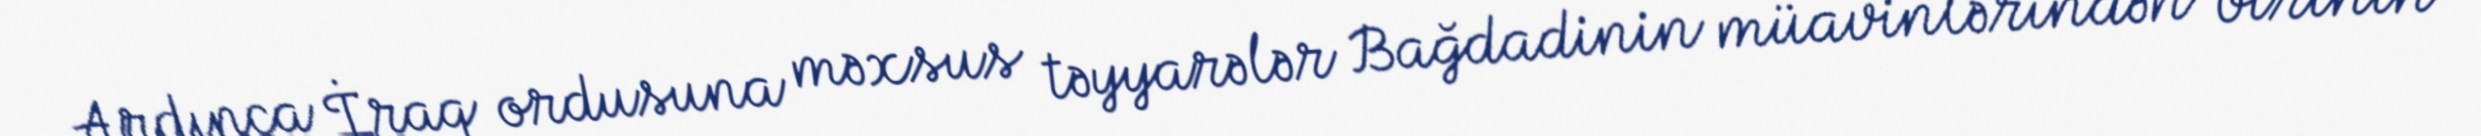
Ardınca İraq ordusuna məxsus təyyarələr Bağdadinin müavinlərindən birinin